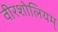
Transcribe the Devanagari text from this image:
वीरशोलियम्